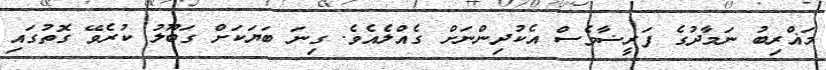
މަޣްރިބު ނަމާދުގެ ފަރީޟާވެސް އެކުދިންނަށް ގެއްލެއެވެ. ގިނަ ބަޔަކަށް ގަބޫލު ކުރެވޭ ގޮތުގައި